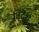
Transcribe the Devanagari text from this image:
विदॆश